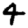
Digit: 4